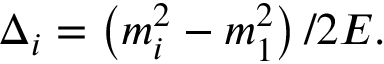
\Delta _ { i } = \left( m _ { i } ^ { 2 } - m _ { 1 } ^ { 2 } \right) / 2 E .